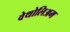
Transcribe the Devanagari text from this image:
वेथोलिअम